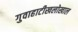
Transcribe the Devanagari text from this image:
गुवाहाटीखलोखाल